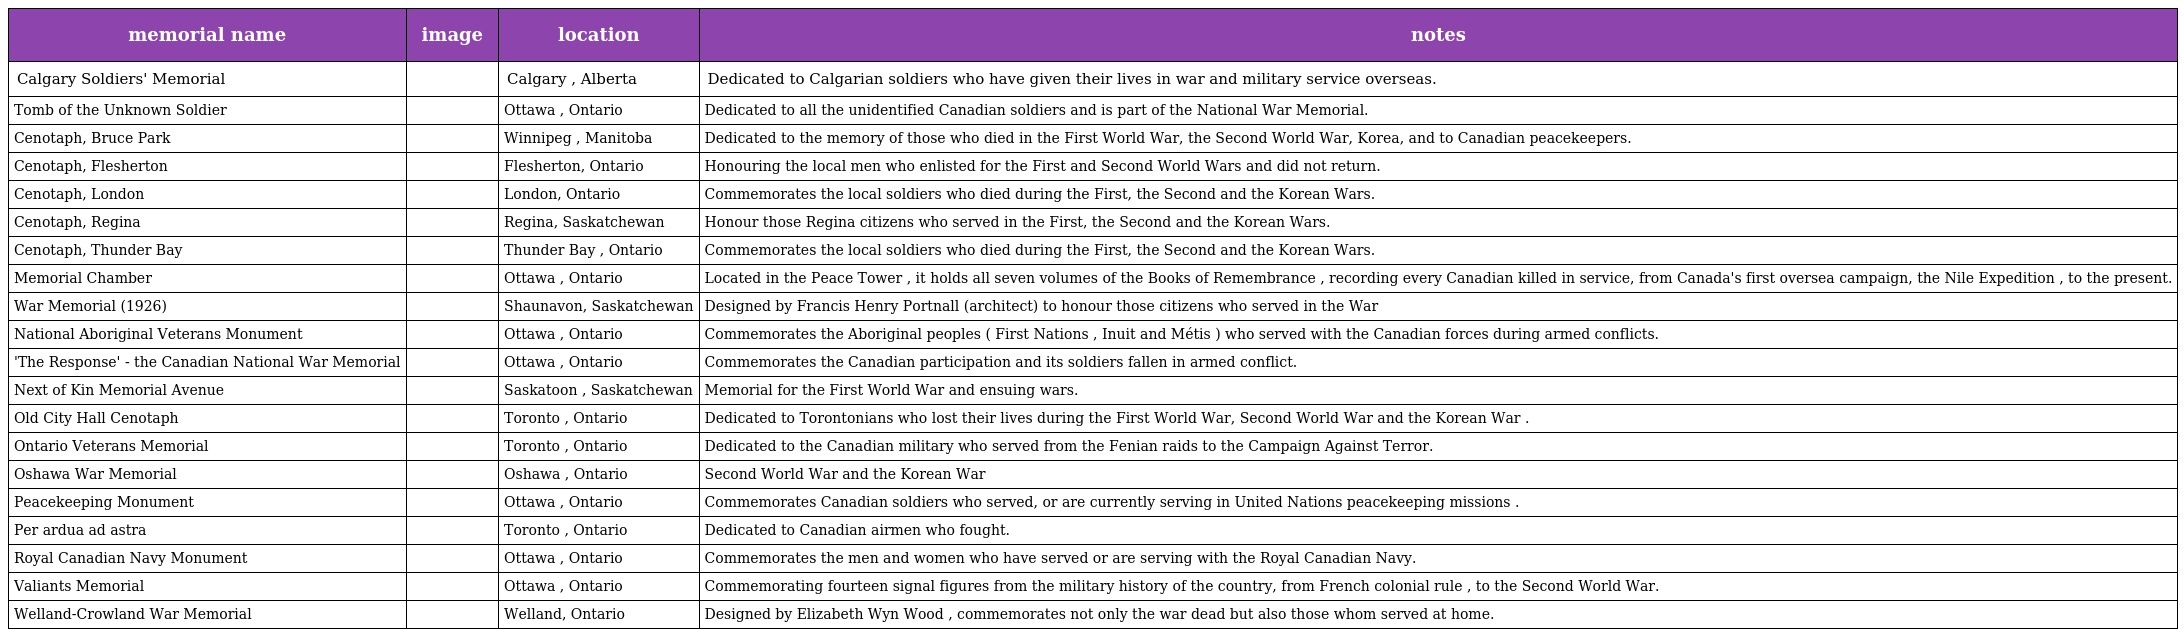
| memorial name | image | location | notes |
 | --- | --- | --- | --- |
 | Calgary Soldiers' Memorial |  | Calgary , Alberta | Dedicated to Calgarian soldiers who have given their lives in war and military service overseas. |
 | Tomb of the Unknown Soldier |  | Ottawa , Ontario | Dedicated to all the unidentified Canadian soldiers and is part of the National War Memorial. |
 | Cenotaph, Bruce Park |  | Winnipeg , Manitoba | Dedicated to the memory of those who died in the First World War, the Second World War, Korea, and to Canadian peacekeepers. |
 | Cenotaph, Flesherton |  | Flesherton, Ontario | Honouring the local men who enlisted for the First and Second World Wars and did not return. |
 | Cenotaph, London |  | London, Ontario | Commemorates the local soldiers who died during the First, the Second and the Korean Wars. |
 | Cenotaph, Regina |  | Regina, Saskatchewan | Honour those Regina citizens who served in the First, the Second and the Korean Wars. |
 | Cenotaph, Thunder Bay |  | Thunder Bay , Ontario | Commemorates the local soldiers who died during the First, the Second and the Korean Wars. |
 | Memorial Chamber |  | Ottawa , Ontario | Located in the Peace Tower , it holds all seven volumes of the Books of Remembrance , recording every Canadian killed in service, from Canada's first oversea campaign, the Nile Expedition , to the present. |
 | War Memorial (1926) |  | Shaunavon, Saskatchewan | Designed by Francis Henry Portnall (architect) to honour those citizens who served in the War |
 | National Aboriginal Veterans Monument |  | Ottawa , Ontario | Commemorates the Aboriginal peoples ( First Nations , Inuit and Métis ) who served with the Canadian forces during armed conflicts. |
 | 'The Response' - the Canadian National War Memorial |  | Ottawa , Ontario | Commemorates the Canadian participation and its soldiers fallen in armed conflict. |
 | Next of Kin Memorial Avenue |  | Saskatoon , Saskatchewan | Memorial for the First World War and ensuing wars. |
 | Old City Hall Cenotaph |  | Toronto , Ontario | Dedicated to Torontonians who lost their lives during the First World War, Second World War and the Korean War . |
 | Ontario Veterans Memorial |  | Toronto , Ontario | Dedicated to the Canadian military who served from the Fenian raids to the Campaign Against Terror. |
 | Oshawa War Memorial |  | Oshawa , Ontario | Second World War and the Korean War |
 | Peacekeeping Monument |  | Ottawa , Ontario | Commemorates Canadian soldiers who served, or are currently serving in United Nations peacekeeping missions . |
 | Per ardua ad astra |  | Toronto , Ontario | Dedicated to Canadian airmen who fought. |
 | Royal Canadian Navy Monument |  | Ottawa , Ontario | Commemorates the men and women who have served or are serving with the Royal Canadian Navy. |
 | Valiants Memorial |  | Ottawa , Ontario | Commemorating fourteen signal figures from the military history of the country, from French colonial rule , to the Second World War. |
 | Welland-Crowland War Memorial |  | Welland, Ontario | Designed by Elizabeth Wyn Wood , commemorates not only the war dead but also those whom served at home. |